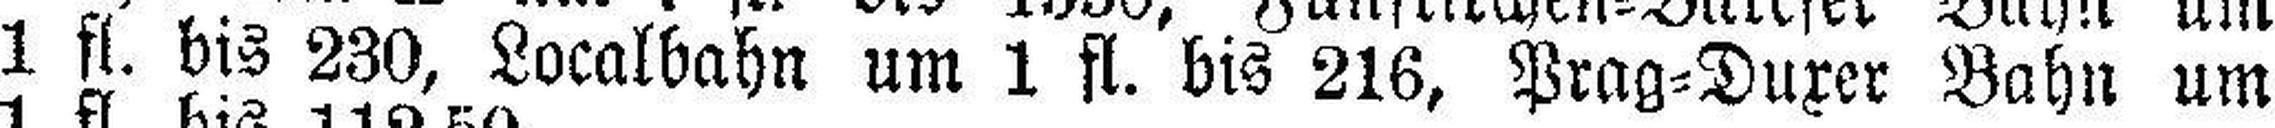
1 fl. bis 230, Localbahn um 1 fl. bis 216, Prag=Duxer Bahn um